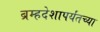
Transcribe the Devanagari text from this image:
ब्रम्हदेशापर्यंतच्या